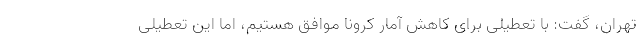
تهران، گفت: با تعطیلی برای کاهش آمار کرونا موافق هستیم، اما این تعطیلی